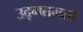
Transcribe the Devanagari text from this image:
उद्गतमता